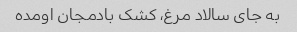
به جای سالاد مرغ، کشک بادمجان اومده